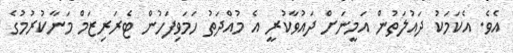
އެވެ. އެކަމަކު ދައުލަތުން އަމީނަށް ދައުވާކުރީ އެ މުއްދަތު ހަމަވިފަހުން ޓެރަރިޒަމް މަނާކުރުމުގެ